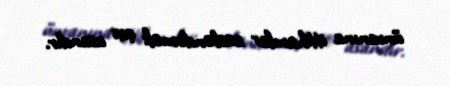
ünvanına ittihamlar səsləndirmək çox asandır.